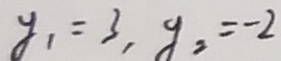
y _ { 1 } = 3 , y _ { 2 } = - 2